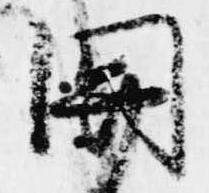
関